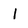
Character: l